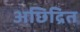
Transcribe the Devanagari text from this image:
अछिद्रित